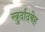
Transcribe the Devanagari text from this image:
खुर्दादबेह